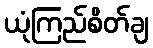
ယုံကြည်စိတ်ချ